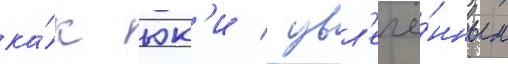
ка́к юк'и / увл'ечё́нным